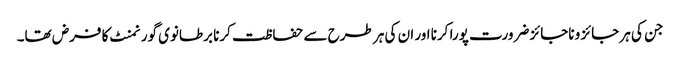
جن کی ہر جائز و ناجائز ضرورت پورا کرنا اور ان کی ہر طرح سے حفاظت کرنا برطانوی گورنمنٹ کا فرض تھا۔